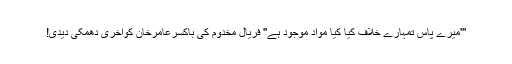
'''میرے پاس تمہارے خلاف کیا کیا مواد موجود ہے'' فریال مخدوم کی باکسرعامرخان کوآخری دھمکی دیدی!